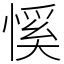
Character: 慀